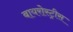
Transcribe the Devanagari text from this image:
बायरोस्ट्रीस